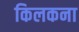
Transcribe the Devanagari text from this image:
किलकना